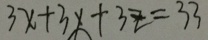
3 x + 3 x + 3 z = 3 3